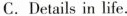
C.Details in life.